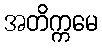
အတိက္ကမေ